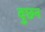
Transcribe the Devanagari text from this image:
वुछन